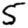
Digit: 5